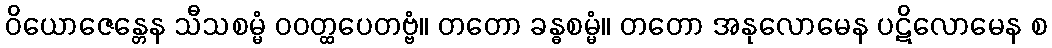
ဝိယောဇေန္တေန သီသစမ္မံ ဝဝတ္ထပေတဗ္ဗံ။ တတော ခန္ဓစမ္မံ။ တတော အနုလောမေန ပဋိလောမေန စ